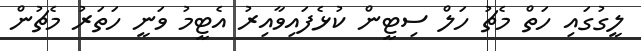
ލީގުގައި ހަތް މެޗު ހަލް ސިޓީން ކުޅެފައިވާއިރު އެޓީމު ވަނީ ހަތަރު މެޗުން